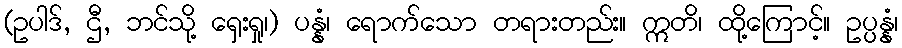
(ဥပါဒ်, ဌီ, ဘင်သို့ ရှေးရှု၊) ပန္နံ၊ ရောက်သော တရားတည်း။ ဣတိ၊ ထို့ကြောင့်။ ဥပ္ပန္နံ၊